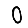
Digit: 0